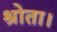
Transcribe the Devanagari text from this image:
श्रोता।